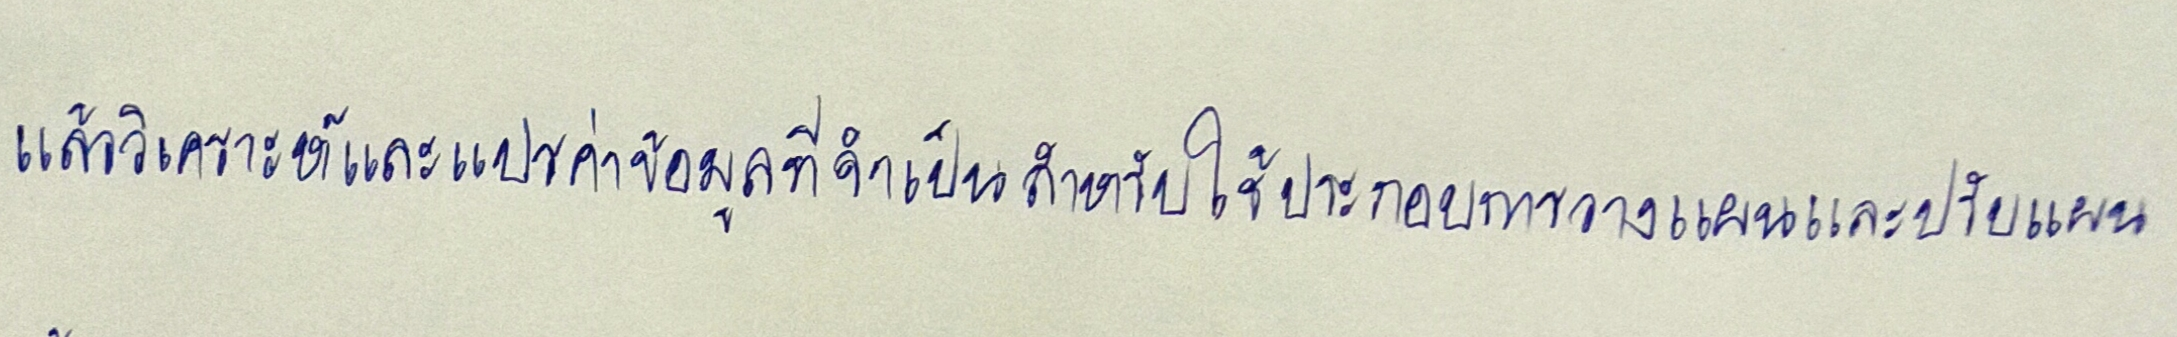
แล้ววิเคราะห์และแปรค่าข้อมูลที่จำเป็นสำหรับใช้ประกอบการวางแผนและปรับแผน